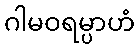
ဂါမဝရမ္ပာဟံ